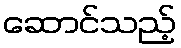
ဆောင်သည့်